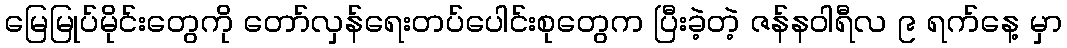
မြေမြုပ်မိုင်းတွေကို တော်လှန်ရေးတပ်ပေါင်းစုတွေက ပြီးခဲ့တဲ့ ဇန်နဝါရီလ ၉ ရက်နေ့ မှာ